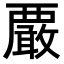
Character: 𧠀